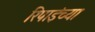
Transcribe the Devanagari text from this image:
रिपाइंच्या